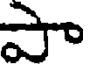
పా